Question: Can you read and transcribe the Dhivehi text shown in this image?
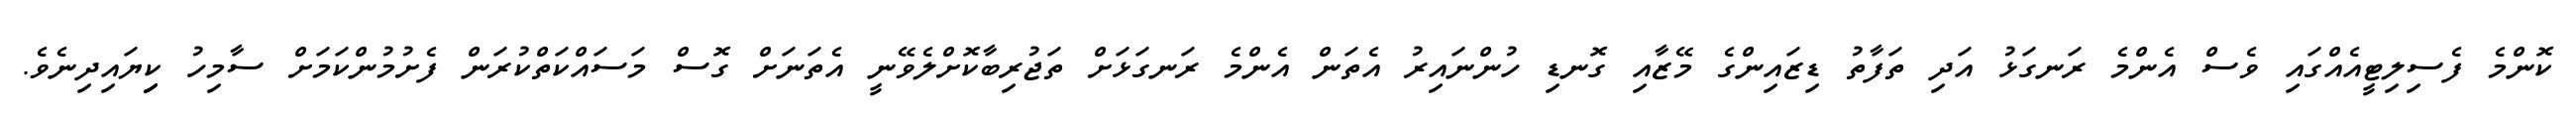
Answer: ކޮންމެ ފެސިލިޓީއެއްގައި ވެސް އެންމެ ރަނގަޅު އަދި ތަފާތު ޑިޒައިންގެ މޭޒާއި ގޮނޑި ހުންނައިރު އެތަން އެންމެ ރަނގަޅަށް ތަޖުރިބާކޮށްލެވޭނީ އެތަނަށް ގޮސް މަސައްކަތްކުރަން ފެށުމުންކަމަށް ސާމިހު ކިިޔައިދިނެވެ.